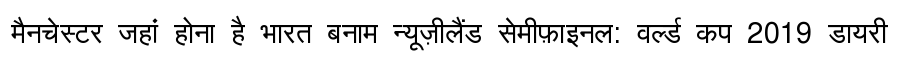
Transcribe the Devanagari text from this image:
मैनचेस्टर जहां होना है भारत बनाम न्यूज़ीलैंड सेमीफ़ाइनल: वर्ल्ड कप 2019 डायरी